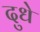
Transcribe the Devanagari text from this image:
दुधे